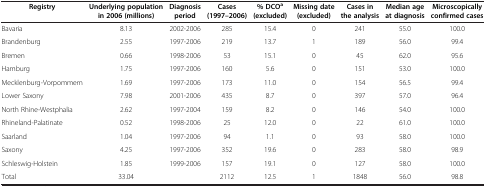
| Registry | Underlying population in 2006 (millions) | Diagnosis period | Cases (1997–2006) | % DCOa (excluded) | Missing date (excluded) | Cases in the analysis | Median age at diagnosis | Microscopically confirmed cases |
 | --- | --- | --- | --- | --- | --- | --- | --- | --- |
 | Bavaria | 8.13 | 2002-2006 | 285 | 15.4 | 0 | 241 | 55.0 | 100.0 |
 | Brandenburg | 2.55 | 1997-2006 | 219 | 13.7 | 1 | 189 | 56.0 | 99.4 |
 | Bremen | 0.66 | 1998-2006 | 53 | 15.1 | 0 | 45 | 62.0 | 95.6 |
 | Hamburg | 1.75 | 1997-2006 | 160 | 5.6 | 0 | 151 | 53.0 | 100.0 |
 | Mecklenburg-Vorpommern | 1.69 | 1997-2006 | 173 | 11.0 | 0 | 154 | 56.5 | 99.4 |
 | Lower Saxony | 7.98 | 2001-2006 | 435 | 8.7 | 0 | 397 | 57.0 | 96.4 |
 | North Rhine-Westphalia | 2.62 | 1997-2004 | 159 | 8.2 | 0 | 146 | 54.0 | 100.0 |
 | Rhineland-Palatinate | 0.52 | 1998-2006 | 25 | 12.0 | 0 | 22 | 61.0 | 100.0 |
 | Saarland | 1.04 | 1997-2006 | 94 | 1.1 | 0 | 93 | 58.0 | 100.0 |
 | Saxony | 4.25 | 1997-2006 | 352 | 19.6 | 0 | 283 | 58.0 | 98.9 |
 | Schleswig-Holstein | 1.85 | 1999-2006 | 157 | 19.1 | 0 | 127 | 58.0 | 100.0 |
 | Total | 33.04 |  | 2112 | 12.5 | 1 | 1848 | 56.0 | 98.8 |